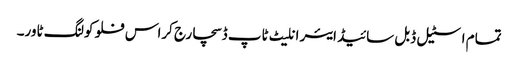
تمام اسٹیل ڈبل سائیڈ ایئر انلیٹ ٹاپ ڈسچارج کراس فلو کولنگ ٹاور۔